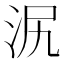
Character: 泦